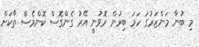
މި ބުނާ މަންޒަރުގަ ހަމަ ބިރުން ރޮވުނީ އޭރު ގެންގޮސް ކޮންމެސް ތާކަށް